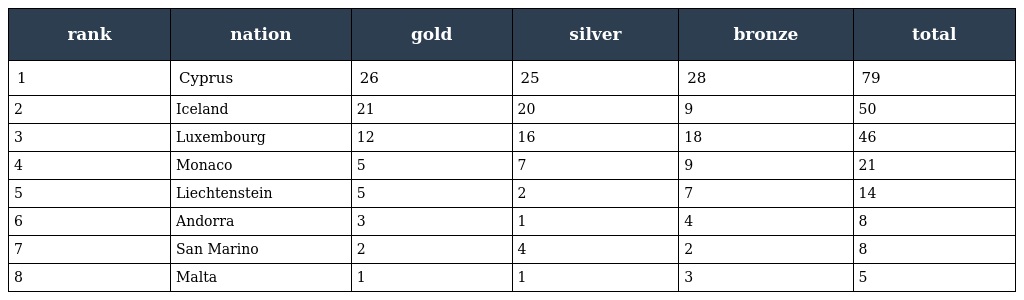
| rank | nation | gold | silver | bronze | total |
 | --- | --- | --- | --- | --- | --- |
 | 1 | Cyprus | 26 | 25 | 28 | 79 |
 | 2 | Iceland | 21 | 20 | 9 | 50 |
 | 3 | Luxembourg | 12 | 16 | 18 | 46 |
 | 4 | Monaco | 5 | 7 | 9 | 21 |
 | 5 | Liechtenstein | 5 | 2 | 7 | 14 |
 | 6 | Andorra | 3 | 1 | 4 | 8 |
 | 7 | San Marino | 2 | 4 | 2 | 8 |
 | 8 | Malta | 1 | 1 | 3 | 5 |